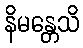
နိမန္တေသိ